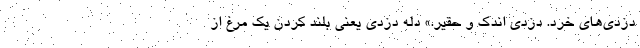
دزدی‌های خرد. دزدی اندک و حقیر.» دله دزدی یعنی بلند کردن یک مرغ از